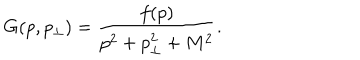
LaTeX: G ( p , p _ { \perp } ) = \frac { f ( p ) } { p ^ { 2 } + p _ { \perp } ^ { 2 } + M ^ { 2 } } .